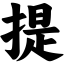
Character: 提